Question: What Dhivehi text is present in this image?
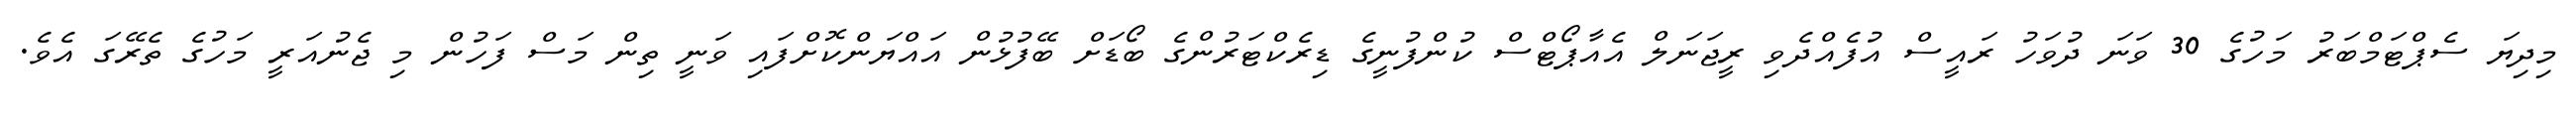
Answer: މިދިޔަ ސެޕްޓަމްބަރު މަހުގެ 30 ވަނަ ދުވަހު ރައީސް އުފެއްދެވި ރީޖަނަލް އެއާޕޯޓްސް ކުންފުނީގެ ޑިރެކްޓަރުންގެ ބޯޑަށް ބޭފުޅުން އައްޔަންކޮށްފައި ވަނީ ތިން މަސް ފަހުން މި ޖެނުއަރީ މަހުގެ ތެރޭގަ އެވެ.